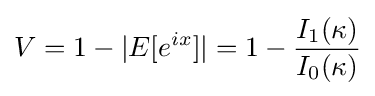
V=1-|E[e^{ix}]|=1-{\frac {I_{1}(\kappa )}{I_{0}(\kappa )}}